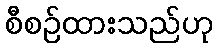
စီစဉ်ထားသည်ဟု